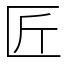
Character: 匠